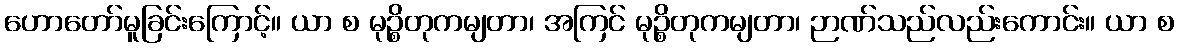
ဟောတော်မူခြင်းကြောင့်။ ယာ စ မုဉ္စိတုကမျတာ၊ အကြင် မုဉ္စိတုကမျတာ၊ ဉာဏ်သည်လည်းကောင်း။ ယာ စ